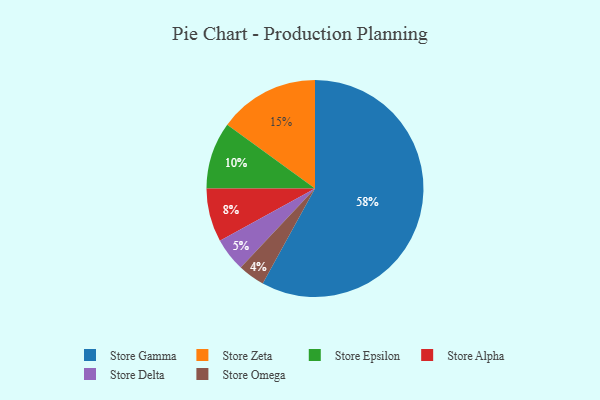
{"axis": {"x": "Category", "y": "Percentage"}, "legend": ["Store Alpha", "Store Delta", "Store Epsilon", "Store Gamma", "Store Omega", "Store Zeta"], "data": [{"x": "Store Epsilon", "y": 10, "type": "Store Epsilon"}, {"x": "Store Zeta", "y": 15, "type": "Store Zeta"}, {"x": "Store Delta", "y": 5, "type": "Store Delta"}, {"x": "Store Alpha", "y": 8, "type": "Store Alpha"}, {"x": "Store Gamma", "y": 58, "type": "Store Gamma"}, {"x": "Store Omega", "y": 4, "type": "Store Omega"}]}